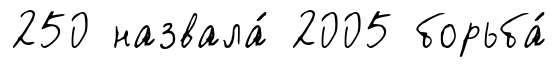
250 назвала́ 2005 борьба́